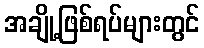
အချို့ဖြစ်ရပ်များတွင်